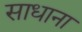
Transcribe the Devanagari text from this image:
साधाना